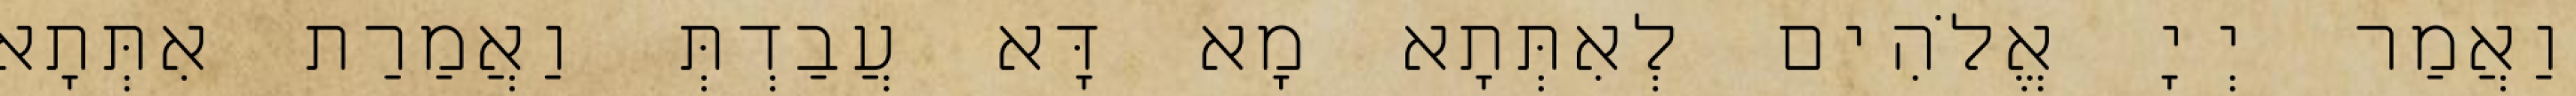
וַאֲמַר יְיָ אֱלֹהִים לְאִתְּתָא מָא דָּא עֲבַדְתְּ וַאֲמַרַת אִתְּתָא